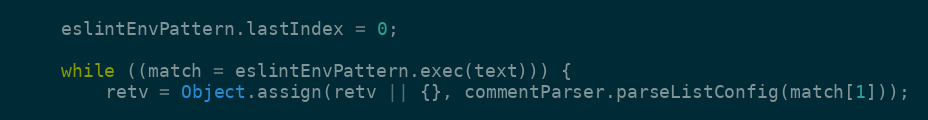
Language: JavaScript
    eslintEnvPattern.lastIndex = 0;

    while ((match = eslintEnvPattern.exec(text))) {
        retv = Object.assign(retv || {}, commentParser.parseListConfig(match[1]));